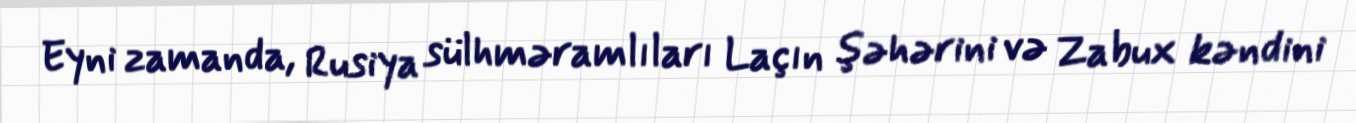
Eyni zamanda, Rusiya sülhməramlıları Laçın şəhərini və Zabux kəndini